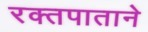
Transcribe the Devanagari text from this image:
रक्तपाताने